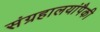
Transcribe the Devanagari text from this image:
संग्रहालयांपैकी